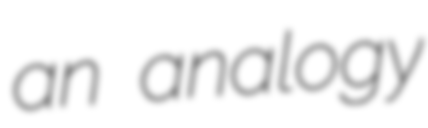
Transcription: an analogy